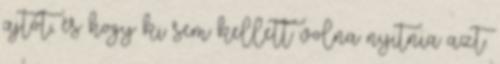
ajtót, és hogy ki sem kellett volna nyitnia azt.